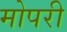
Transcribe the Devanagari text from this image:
मोपरी